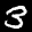
Label: 3